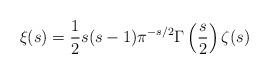
LaTeX: \begin{align*} \xi(s)=\frac{1}{2}s(s-1)\pi^{-s/2}\Gamma\left(\frac{s}{2}\right)\zeta(s)\end{align*}